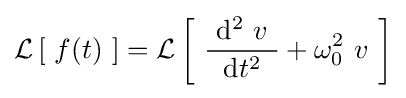
\operatorname {\mathcal {L}} \left[\ f(t)\ \right]=\operatorname {\mathcal {L}} \left[\ {\frac {\ \mathrm {d} ^{2}\ v\ }{\mathrm {d} t^{2}}}+\omega _{0}^{2}\ v\ \right]